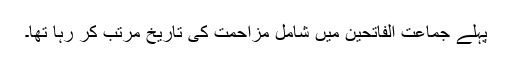
پہلے جماعت الفاتحین میں شامل مزاحمت کی تاریخ مرتب کر رہا تھا۔